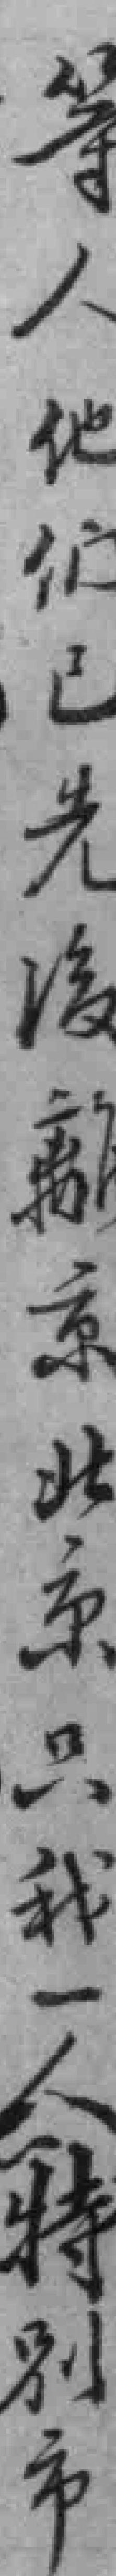
等人他们已先後離京北京只我一人特别市